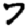
Digit: 7